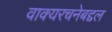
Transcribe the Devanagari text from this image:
वाक्यरचनेबद्दल